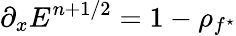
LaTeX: \partial_{x}E^{n+1/2}=1-\rho_{f^{\star}}